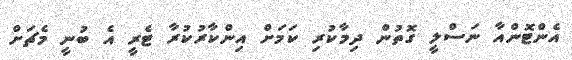
އެންޓޮންއާ ނަސްލީ ގޮތުން ދިމާކުރި ކަމަށް އިންކާރުކުރާ ޓެރީ އެ ބުނީ މެޗަށް